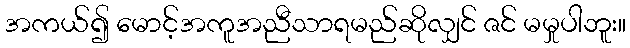
အကယ်၍ မောင့်အကူအညီသာရမည်ဆိုလျှင် ဇင် မမှုပါဘူး။